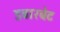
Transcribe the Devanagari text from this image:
डबारबेट